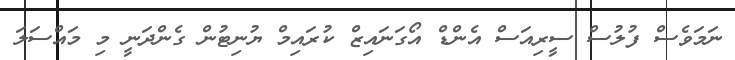
ނަމަވެސް ފުލުސް ސީރިއަސް އެންޑް އޯގަނައިޒް ކުރައިމް ޔުނިޓުން ގެންދަނީ މި މައްސަލަ